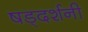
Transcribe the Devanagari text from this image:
षड्दर्शनी